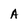
Character: A